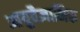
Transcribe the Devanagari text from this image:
आयुवैज्ञानिक